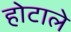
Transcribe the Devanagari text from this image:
होटाले